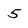
Character: 5